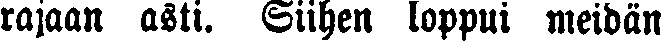
rajaan asti. Siihen loppui meidän